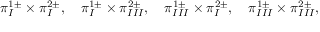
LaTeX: \pi _ { I } ^ { 1 \pm } \times \pi _ { I } ^ { 2 \pm } , \quad \pi _ { I } ^ { 1 \pm } \times \pi _ { I I I } ^ { 2 \pm } , \quad \pi _ { I I I } ^ { 1 \pm } \times \pi _ { I } ^ { 2 \pm } , \quad \pi _ { I I I } ^ { 1 \pm } \times \pi _ { I I I } ^ { 2 \pm } ,